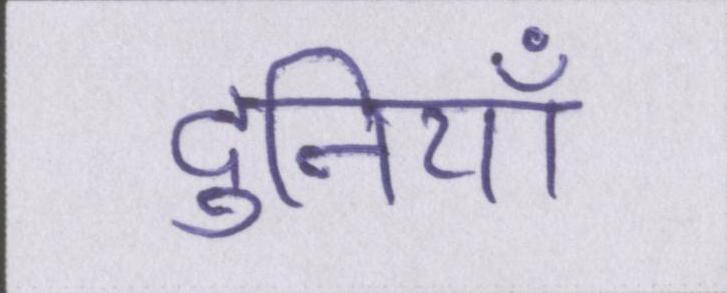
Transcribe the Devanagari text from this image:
दुनियाँ